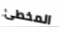
المخطئ